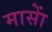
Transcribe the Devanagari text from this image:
मासाें